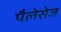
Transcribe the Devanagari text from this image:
पैलेसेज